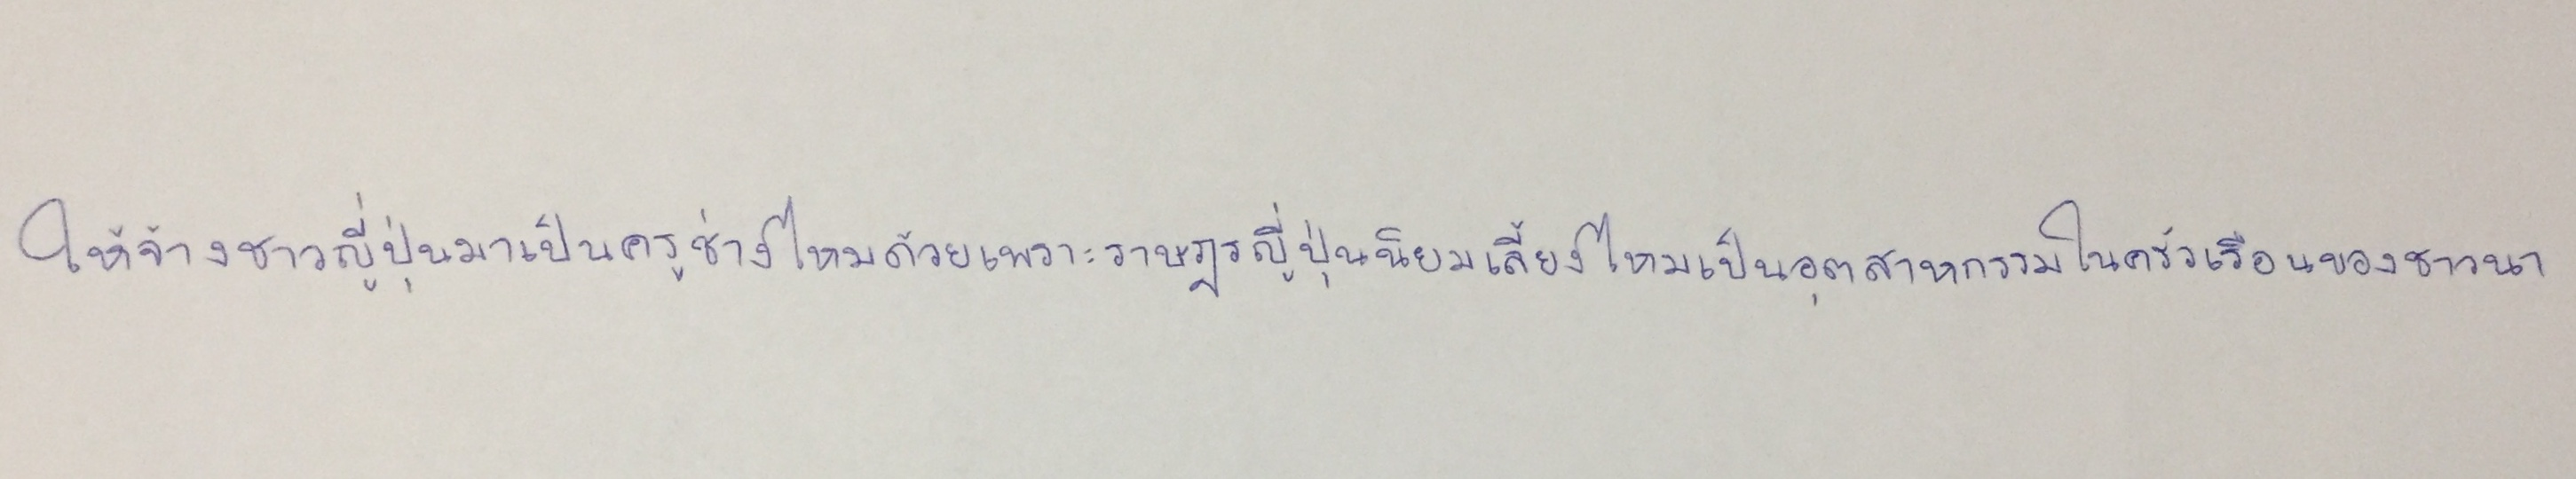
ให้จ้างชาวญี่ปุ่นมาเป็นครูช่างไหมด้วยเพราะราษฎรญี่ปุ่นนิยมเลี้ยงไหมเป็นอุตสาหกรรมในครัวเรือนของชาวนา